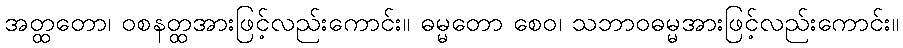
အတ္ထတော၊ ဝစနတ္ထအားဖြင့်လည်းကောင်း။ ဓမ္မတော စေဝ၊ သဘာဝဓမ္မအားဖြင့်လည်းကောင်း။